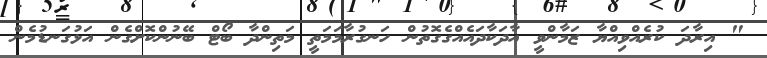
" އިރާދަ ކުރެއްވިއްޔާ ޒަމާންވީ އާދަކާދައެއްގެގޮތުން ހަނގުރާމަމަތީ މަތިންދާ ބޯޓް ބޭނުންކޮށްގެން އަޅުގަނޑުމެން